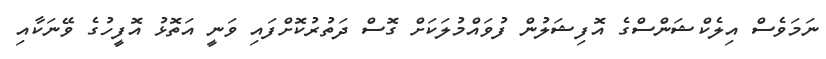
ނަމަވެސް އިލެކްޝަންސްގެ އޮފިޝަލުން ފުވައްމުލަކަށް ގޮސް ދަތުރުކޮށްފައި ވަނީ އަތޮޅު އޮފީހުގެ ވޭނަކާއި